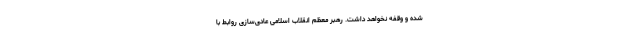
شده و وقفه نخواهد داشت. رهبر معظم انقلاب اسلامی عادی‌سازی روابط با